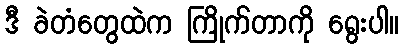
ဒီ ခဲတံတွေထဲက ကြိုက်တာကို ရွေးပါ။